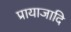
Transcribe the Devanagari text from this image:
प्रायाजादि